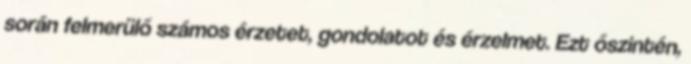
során felmerülő számos érzetet, gondolatot és érzelmet. Ezt őszintén,